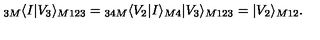
{ } _ { 3 M } \langle I | V _ { 3 } \rangle _ { M 1 2 3 } = { } _ { 3 4 M } \langle V _ { 2 } | I \rangle _ { M 4 } | V _ { 3 } \rangle _ { M 1 2 3 } = | V _ { 2 } \rangle _ { M 1 2 } .